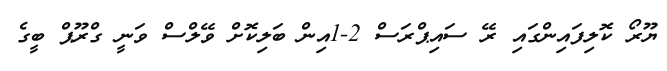
ޔޫރޯ ކޮލިފައިންގައި ރޭ ސައިޕްރަސް 2-1އިން ބަލިކޮށް ވޭލްސް ވަނީ ގްރޫޕް ބީގެ